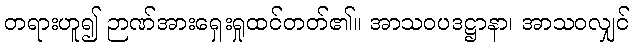
တရားဟူ၍ ဉာဏ်အားရှေးရှုထင်တတ်၏။ အာသဝပဒဋ္ဌာနာ၊ အာသဝလျှင်